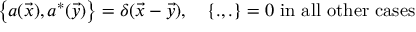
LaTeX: \left\{ a ( \vec { x } ) , a ^ { * } ( \vec { y } ) \right\} = \delta ( \vec { x } - \vec { y } ) , \quad \left\{ . , . \right\} = 0 \mathrm { ~ i n ~ a l l ~ o t h e r ~ c a s e s }